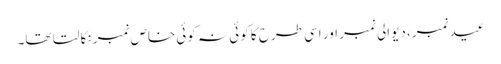
عید نمبر، دیوالی نمبر اور اسی طرح کا کوئی نہ کوئی خاص نمبر نکالتا تھا۔